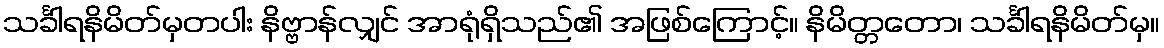
သင်္ခါရနိမိတ်မှတပါး နိဗ္ဗာန်လျှင် အာရုံရှိသည်၏ အဖြစ်ကြောင့်။ နိမိတ္တတော၊ သင်္ခါရနိမိတ်မှ။